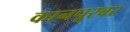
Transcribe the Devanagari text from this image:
कानपूरवर